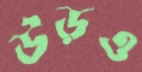
উড়ও